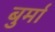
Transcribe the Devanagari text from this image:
बुर्मा